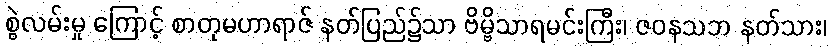
စွဲလမ်းမှု ကြောင့် စာတုမဟာရာဇ် နတ်ပြည်၌သာ ဗိမ္ဗိသာရမင်းကြီး၊ ဇဝနသဘ နတ်သား၊